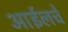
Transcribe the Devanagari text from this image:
आईलचे